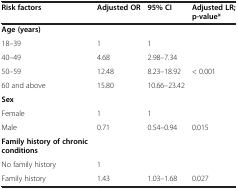
| Risk factors | Adjusted OR | 95% CI | Adjusted LR; p-value* |
 | --- | --- | --- | --- |
 | Age (years) |  |  |  |
 | 18–39 | 1 | 1 |  |
 | 40–49 | 4.68 | 2.98–7.34 |  |
 | 50–59 | 12.48 | 8.23–18.92 | < 0.001 |
 | 60 and above | 15.80 | 10.66–23.42 |  |
 | Sex |  |  |  |
 | Female | 1 | 1 |  |
 | Male | 0.71 | 0.54–0.94 | 0.015 |
 | Family history of chronic conditions |  |  |  |
 | No family history | 1 |  |  |
 | Family history | 1.43 | 1.03–1.68 | 0.027 |